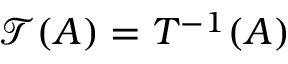
{ \mathcal { T } } ( A ) = T ^ { - 1 } ( A )